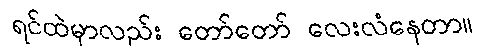
ရင်ထဲမှာလည်း တော်တော် လေးလံနေတာ။